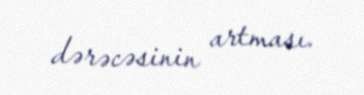
dərəcəsinin artması.